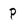
Character: p